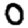
Digit: 0